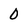
Character: 0